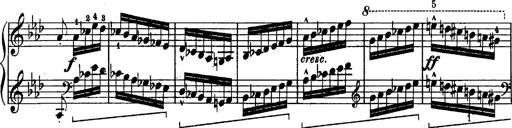
Title: Schubert's Impromptus [revised and edited by Franz Liszt]
Composer: Franz Liszt